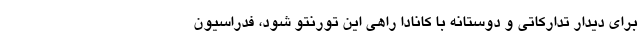
برای دیدار تدارکاتی و دوستانه با کانادا راهی این تورنتو شود، فدراسیون